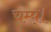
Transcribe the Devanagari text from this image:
चम्प्।